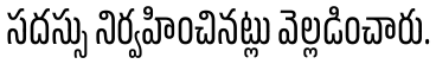
సదస్సు నిర్వహించినట్లు వెల్లడించారు.